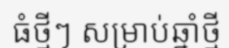
ធំថ្មីៗ សម្រាប់ឆ្នាំថ្មី